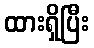
ထားရှိပြီး